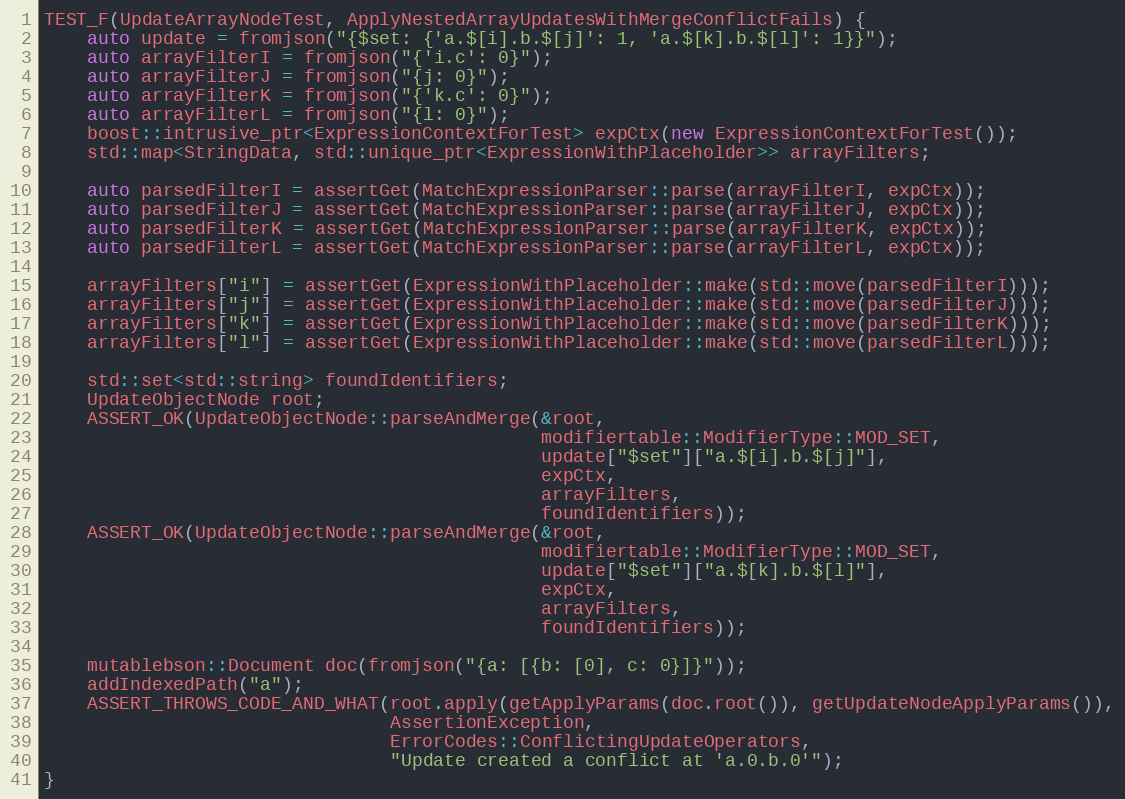
Language: C++
TEST_F(UpdateArrayNodeTest, ApplyNestedArrayUpdatesWithMergeConflictFails) {
    auto update = fromjson("{$set: {'a.$[i].b.$[j]': 1, 'a.$[k].b.$[l]': 1}}");
    auto arrayFilterI = fromjson("{'i.c': 0}");
    auto arrayFilterJ = fromjson("{j: 0}");
    auto arrayFilterK = fromjson("{'k.c': 0}");
    auto arrayFilterL = fromjson("{l: 0}");
    boost::intrusive_ptr<ExpressionContextForTest> expCtx(new ExpressionContextForTest());
    std::map<StringData, std::unique_ptr<ExpressionWithPlaceholder>> arrayFilters;

    auto parsedFilterI = assertGet(MatchExpressionParser::parse(arrayFilterI, expCtx));
    auto parsedFilterJ = assertGet(MatchExpressionParser::parse(arrayFilterJ, expCtx));
    auto parsedFilterK = assertGet(MatchExpressionParser::parse(arrayFilterK, expCtx));
    auto parsedFilterL = assertGet(MatchExpressionParser::parse(arrayFilterL, expCtx));

    arrayFilters["i"] = assertGet(ExpressionWithPlaceholder::make(std::move(parsedFilterI)));
    arrayFilters["j"] = assertGet(ExpressionWithPlaceholder::make(std::move(parsedFilterJ)));
    arrayFilters["k"] = assertGet(ExpressionWithPlaceholder::make(std::move(parsedFilterK)));
    arrayFilters["l"] = assertGet(ExpressionWithPlaceholder::make(std::move(parsedFilterL)));

    std::set<std::string> foundIdentifiers;
    UpdateObjectNode root;
    ASSERT_OK(UpdateObjectNode::parseAndMerge(&root,
                                              modifiertable::ModifierType::MOD_SET,
                                              update["$set"]["a.$[i].b.$[j]"],
                                              expCtx,
                                              arrayFilters,
                                              foundIdentifiers));
    ASSERT_OK(UpdateObjectNode::parseAndMerge(&root,
                                              modifiertable::ModifierType::MOD_SET,
                                              update["$set"]["a.$[k].b.$[l]"],
                                              expCtx,
                                              arrayFilters,
                                              foundIdentifiers));

    mutablebson::Document doc(fromjson("{a: [{b: [0], c: 0}]}"));
    addIndexedPath("a");
    ASSERT_THROWS_CODE_AND_WHAT(root.apply(getApplyParams(doc.root()), getUpdateNodeApplyParams()),
                                AssertionException,
                                ErrorCodes::ConflictingUpdateOperators,
                                "Update created a conflict at 'a.0.b.0'");
}